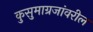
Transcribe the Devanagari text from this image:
कुसुमाग्रजांवरील